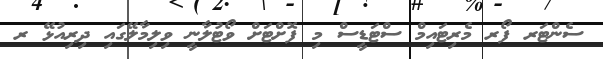
ސެންޓަރ ފޯރ މެރިޓައިމް ސްޓަޑީސް މި ފޮށްޓަށް ވޯޓުލާނީ ވިލިމާލޭގައި ދިރިއުޅޭ ރ